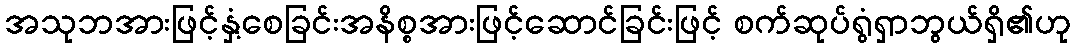
အသုဘအားဖြင့်နှံ့စေခြင်းအနိစ္စအားဖြင့်ဆောင်ခြင်းဖြင့် စက်ဆုပ်ရွံရှာဘွယ်ရှိ၏ဟု